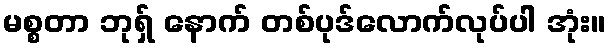
မစ္စတာ ဘုရှ် နောက် တစ်ပုဒ်လောက်လုပ်ပါ အုံး။